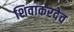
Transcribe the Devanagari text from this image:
शिवाकरदेव